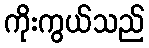
ကိုးကွယ်သည်